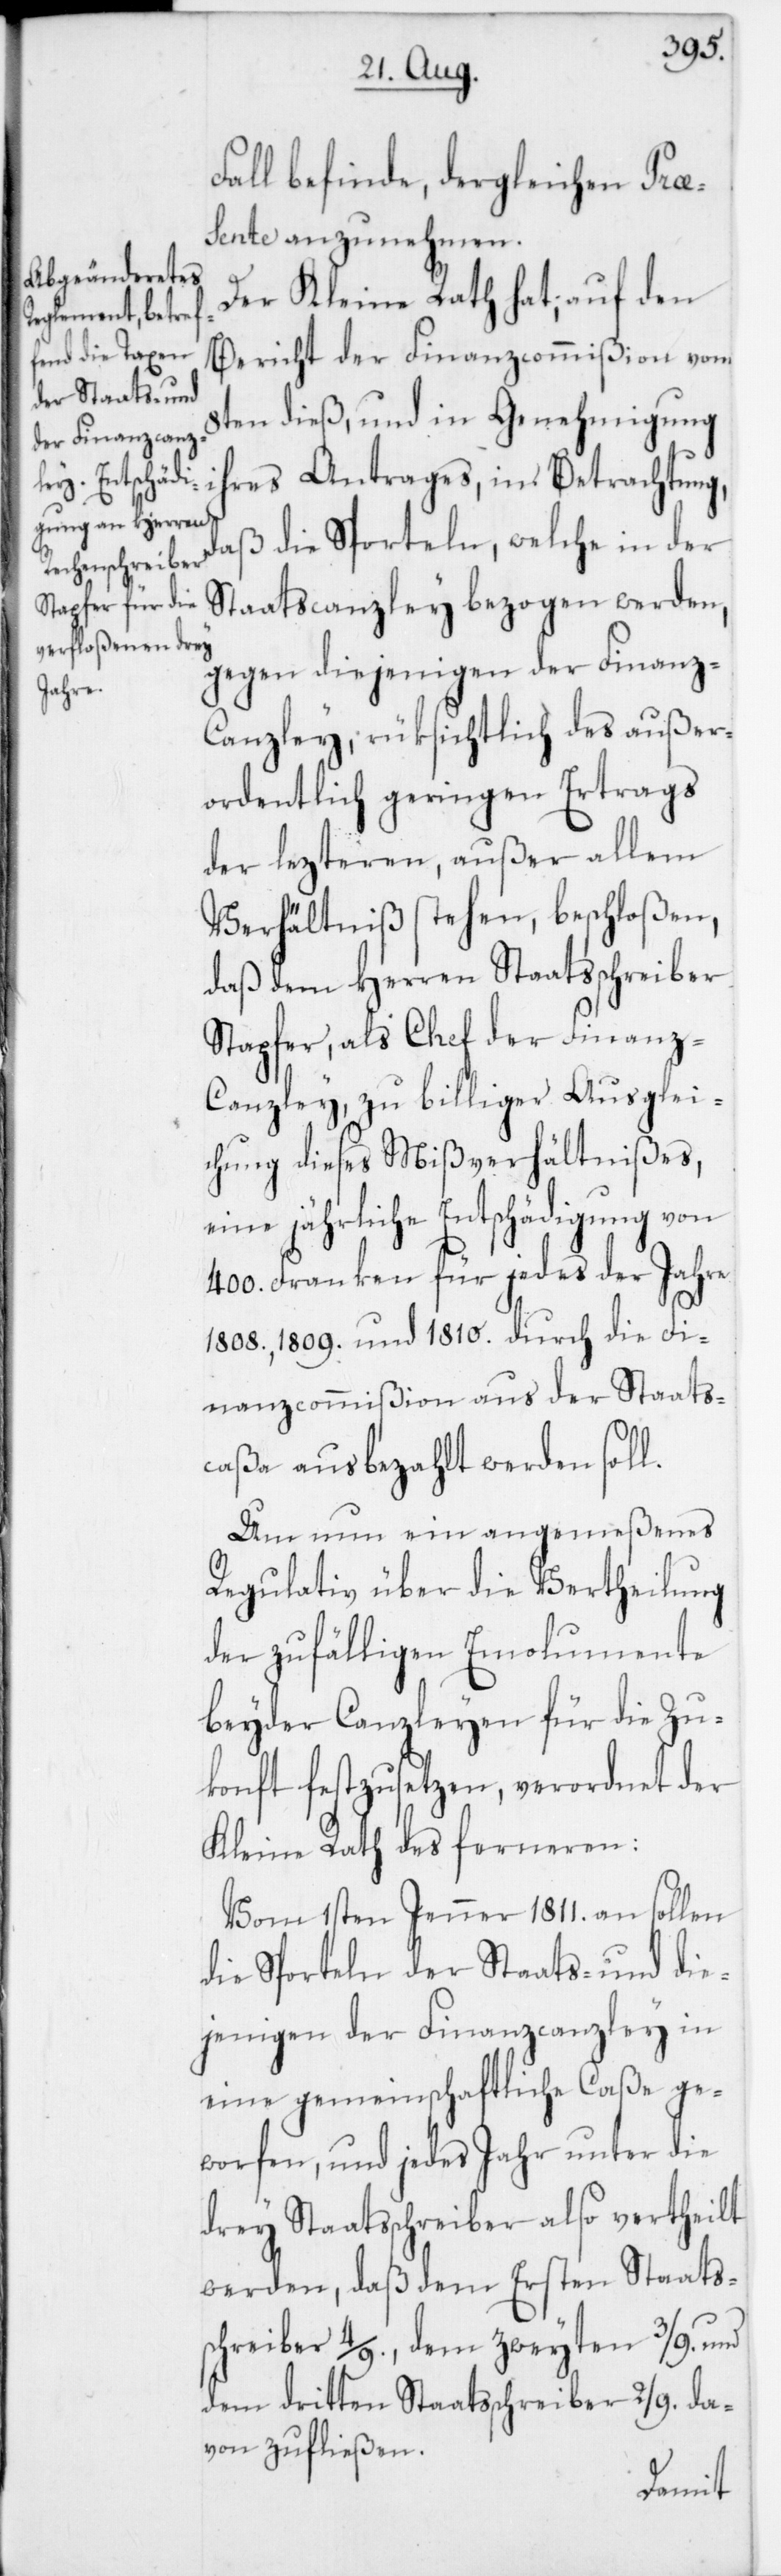
Fall befinde, dergleichen Præ¬
sente anzunehmen.
Der Kleine Rath hat, auf den
Bericht der Finanzcommißion vom
8ten dieß, und in Genehmigung
ihres Antrages, in Betrachtung,
daß die Sporteln, welche in der
Staatscanzley bezogen werden,
gegen diejenigen der Finanz-C¬
anzley, rüksichtlich des außer¬
ordentlich geringen Ertrags
der lezteren, außer allem
Verhältniß stehen, beschloßen,
daß dem Herren Staatsschreiber
Stapfer, als Chef der Finanz-C¬
anzley, zu billiger Ausglei¬
chung dieses Mißverhältnißes,
eine jährliche Entschädigung von
400. Franken für jedes der Jahre
1808., 1809. und 1810. durch die Fi¬
nanzcommißion aus der Staats¬
caßa ausbezahlt werden soll.
Um nun ein angemeßenes
Regulativ über die Vertheilung
der zufälligen Emolumente
beyder Canzleyen für die Zu¬
konft festzusetzen, verordnet der
Kleine Rath des ferneren:
Vom 1sten Jenner 1811. an sollen
die Sporteln der Staats- und die¬
jenigen der Finanzcanzley in
eine gemeinschaftliche Caße ge¬
worfen, und jedes Jahr unter die
drey Staatsschreiber also vertheilt
werden, daß dem Ersten Staats¬
schreiber 4/9., dem zweyten 3/9. und
dem dritten Staatsschreiber 2/9. da¬
von zufließen.